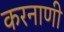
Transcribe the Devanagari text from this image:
करनाणी